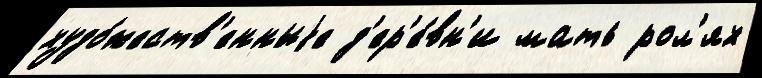
худо́жеств'енныjе д'ер'е́вн'и мать рол'ях